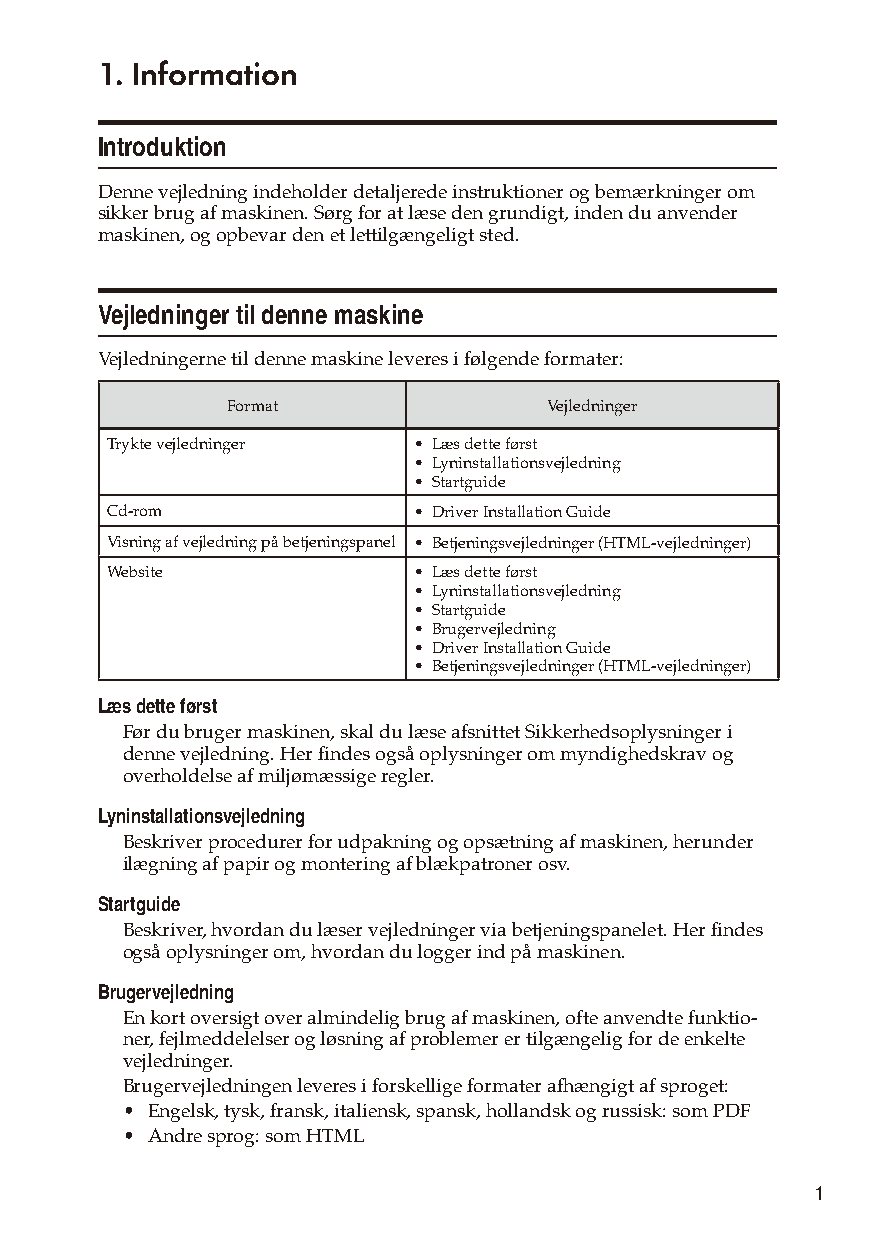
1. Information
 Introduktion
 Denne vejledning indeholder detaljerede instruktioner og bemærkninger om
 sikker brug af maskinen. Sørg for at læse den grundigt, inden du anvender
 maskinen, og opbevar den et lettilgængeligt sted.
 Vejledninger til denne maskine
 Vejledningerne til denne maskine leveres i følgende formater:
 Format               Vejledninger
 Trykte vejledninger • Læs dette først
 • Lyninstallationsvejledning
 • Startguide
 Cd-rom              • Driver Installation Guide
 Visning af vejledning på betjeningspanel • Betjeningsvejledninger (HTML-vejledninger)
 Website             • Læs dette først
 • Lyninstallationsvejledning
 • Startguide
 • Brugervejledning
 • Driver Installation Guide
 • Betjeningsvejledninger (HTML-vejledninger)
 Læs dette først
 Før du bruger maskinen, skal du læse afsnittet Sikkerhedsoplysninger i
 denne vejledning. Her findes også oplysninger om myndighedskrav og
 overholdelse af miljømæssige regler.
 Lyninstallationsvejledning
 Beskriver procedurer for udpakning og opsætning af maskinen, herunder
 ilægning af papir og montering af blækpatroner osv.
 Startguide
 Beskriver, hvordan du læser vejledninger via betjeningspanelet. Her findes
 også oplysninger om, hvordan du logger ind på maskinen.
 Brugervejledning
 En kort oversigt over almindelig brug af maskinen, ofte anvendte funktio-
 ner, fejlmeddelelser og løsning af problemer er tilgængelig for de enkelte
 vejledninger.
 Brugervejledningen leveres i forskellige formater afhængigt af sproget:
 • Engelsk, tysk, fransk, italiensk, spansk, hollandsk og russisk: som PDF
 • Andre sprog: som HTML
 1